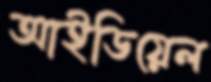
আইডিয়েল